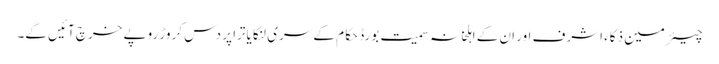
چیئرمین ذکاء اشرف اور ان کے اہلخانہ سمیت بورڈ حکام کے سری لنکا یاترا پر دس کروڑ روپے خرچ آئیں گے۔